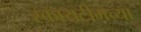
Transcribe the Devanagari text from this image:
स्कायटीमच्या